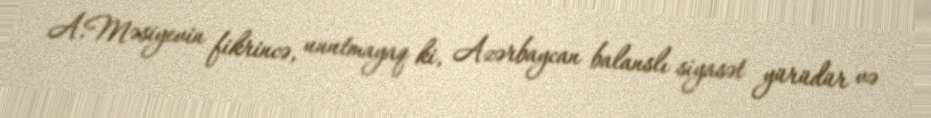
A.Məsiyevin fikrincə, unutmayaq ki, Azərbaycan balanslı siyasət yürüdür və